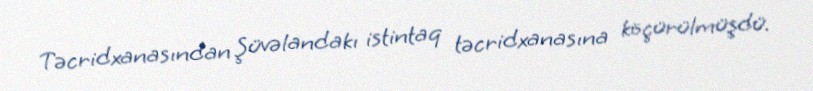
Təcridxanasından Şüvəlandakı istintaq təcridxanasına köçürülmüşdü.